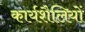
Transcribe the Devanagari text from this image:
कार्यशैलियों